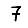
Digit: 7